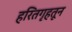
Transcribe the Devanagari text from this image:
हरितगृहतून